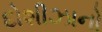
દોશીઝાનો